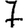
Digit: 7